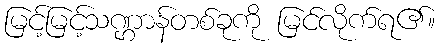
မြင့်မြင့်သဏ္ဌာန်တစ်ခုကို မြင်လိုက်ရ၏။